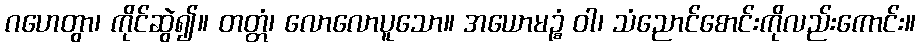
ဂဟေတွာ၊ ကိုင်ဆွဲ၍။ တတ္တံ၊ လောလောပူသော။ အယောမဉ္စံ ဝါ၊ သံညောင်စောင်းကိုလည်းကောင်း။